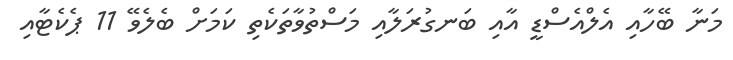
މަނާ ބޭހާއި އެލްއެސްޑީ އާއި ބަނގުރަލާއި މަސްތުވާތަކެތި ކަމަށް ބެލެވޭ 11 ޕެކެޓާއި